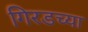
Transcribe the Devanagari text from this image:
गिरडच्या